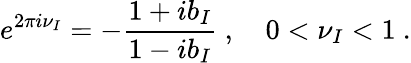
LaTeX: e^{2\pi i\nu_{I}}=-\frac{1+ib_{I}}{1-ib_{I}}~,\quad 0<\nu_{I}<1~.